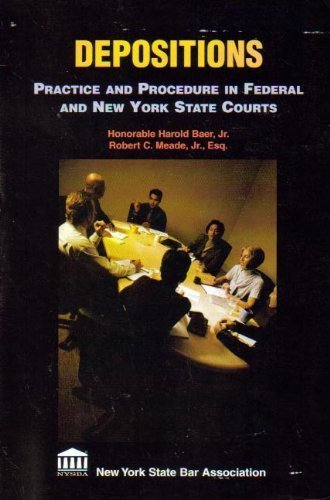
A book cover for Depositions, Practice And Procedures in Federal And New York State Courts; Harold Baer; Law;